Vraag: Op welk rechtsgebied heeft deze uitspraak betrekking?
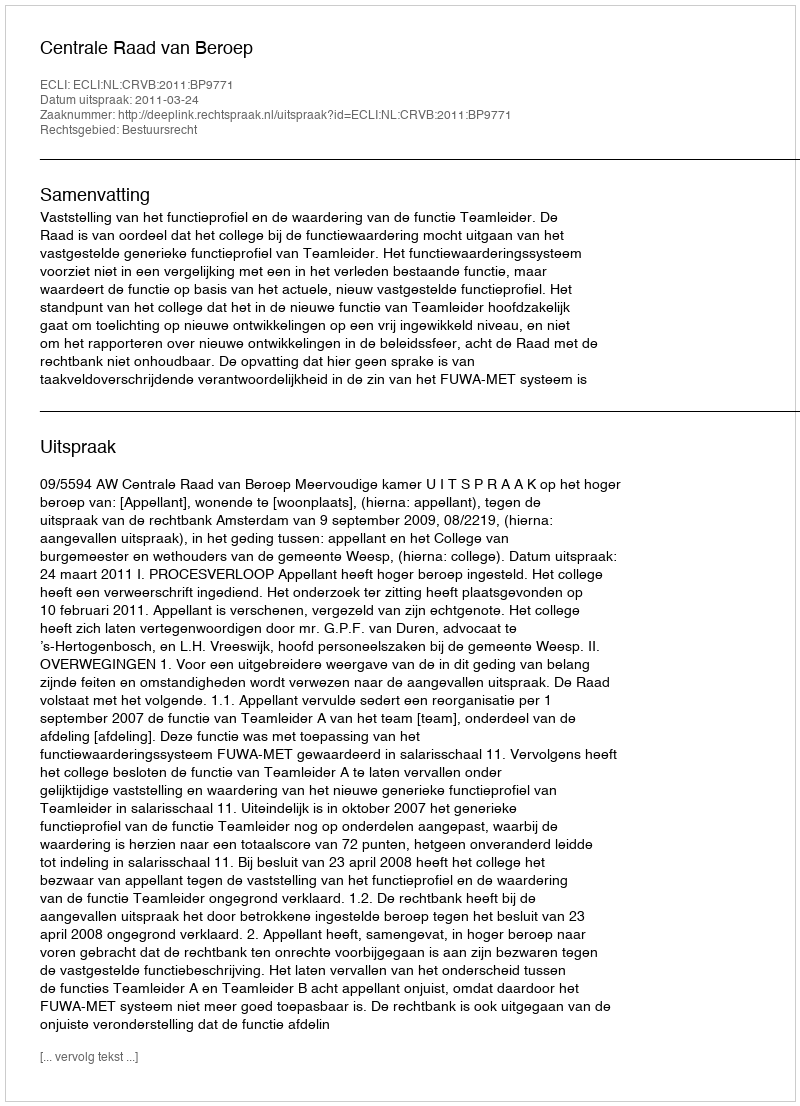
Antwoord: Bestuursrecht